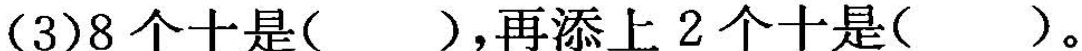
(3)8个十是( )，再添上2个十是( )。